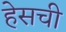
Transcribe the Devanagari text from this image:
हेसची